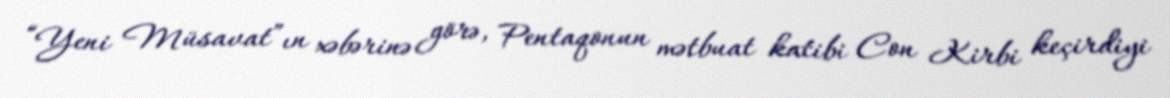
“Yeni Müsavat”ın xəbərinə görə, Pentaqonun mətbuat katibi Con Kirbi keçirdiyi